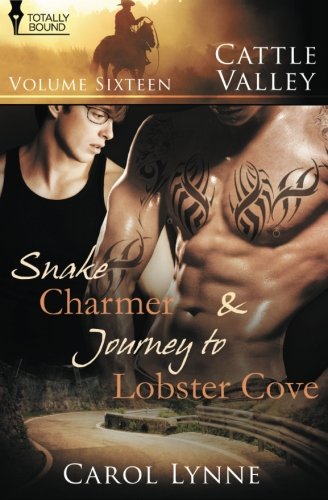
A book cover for Cattle Valley: Vol 16; Carol Lynne; Romance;